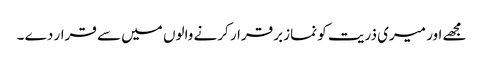
مجھے اور میری ذریت کو نماز برقرار کرنے والوں میں سے قرار دے ۔